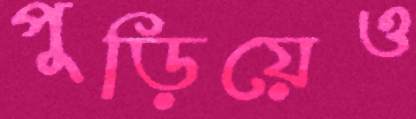
পুড়িয়েও